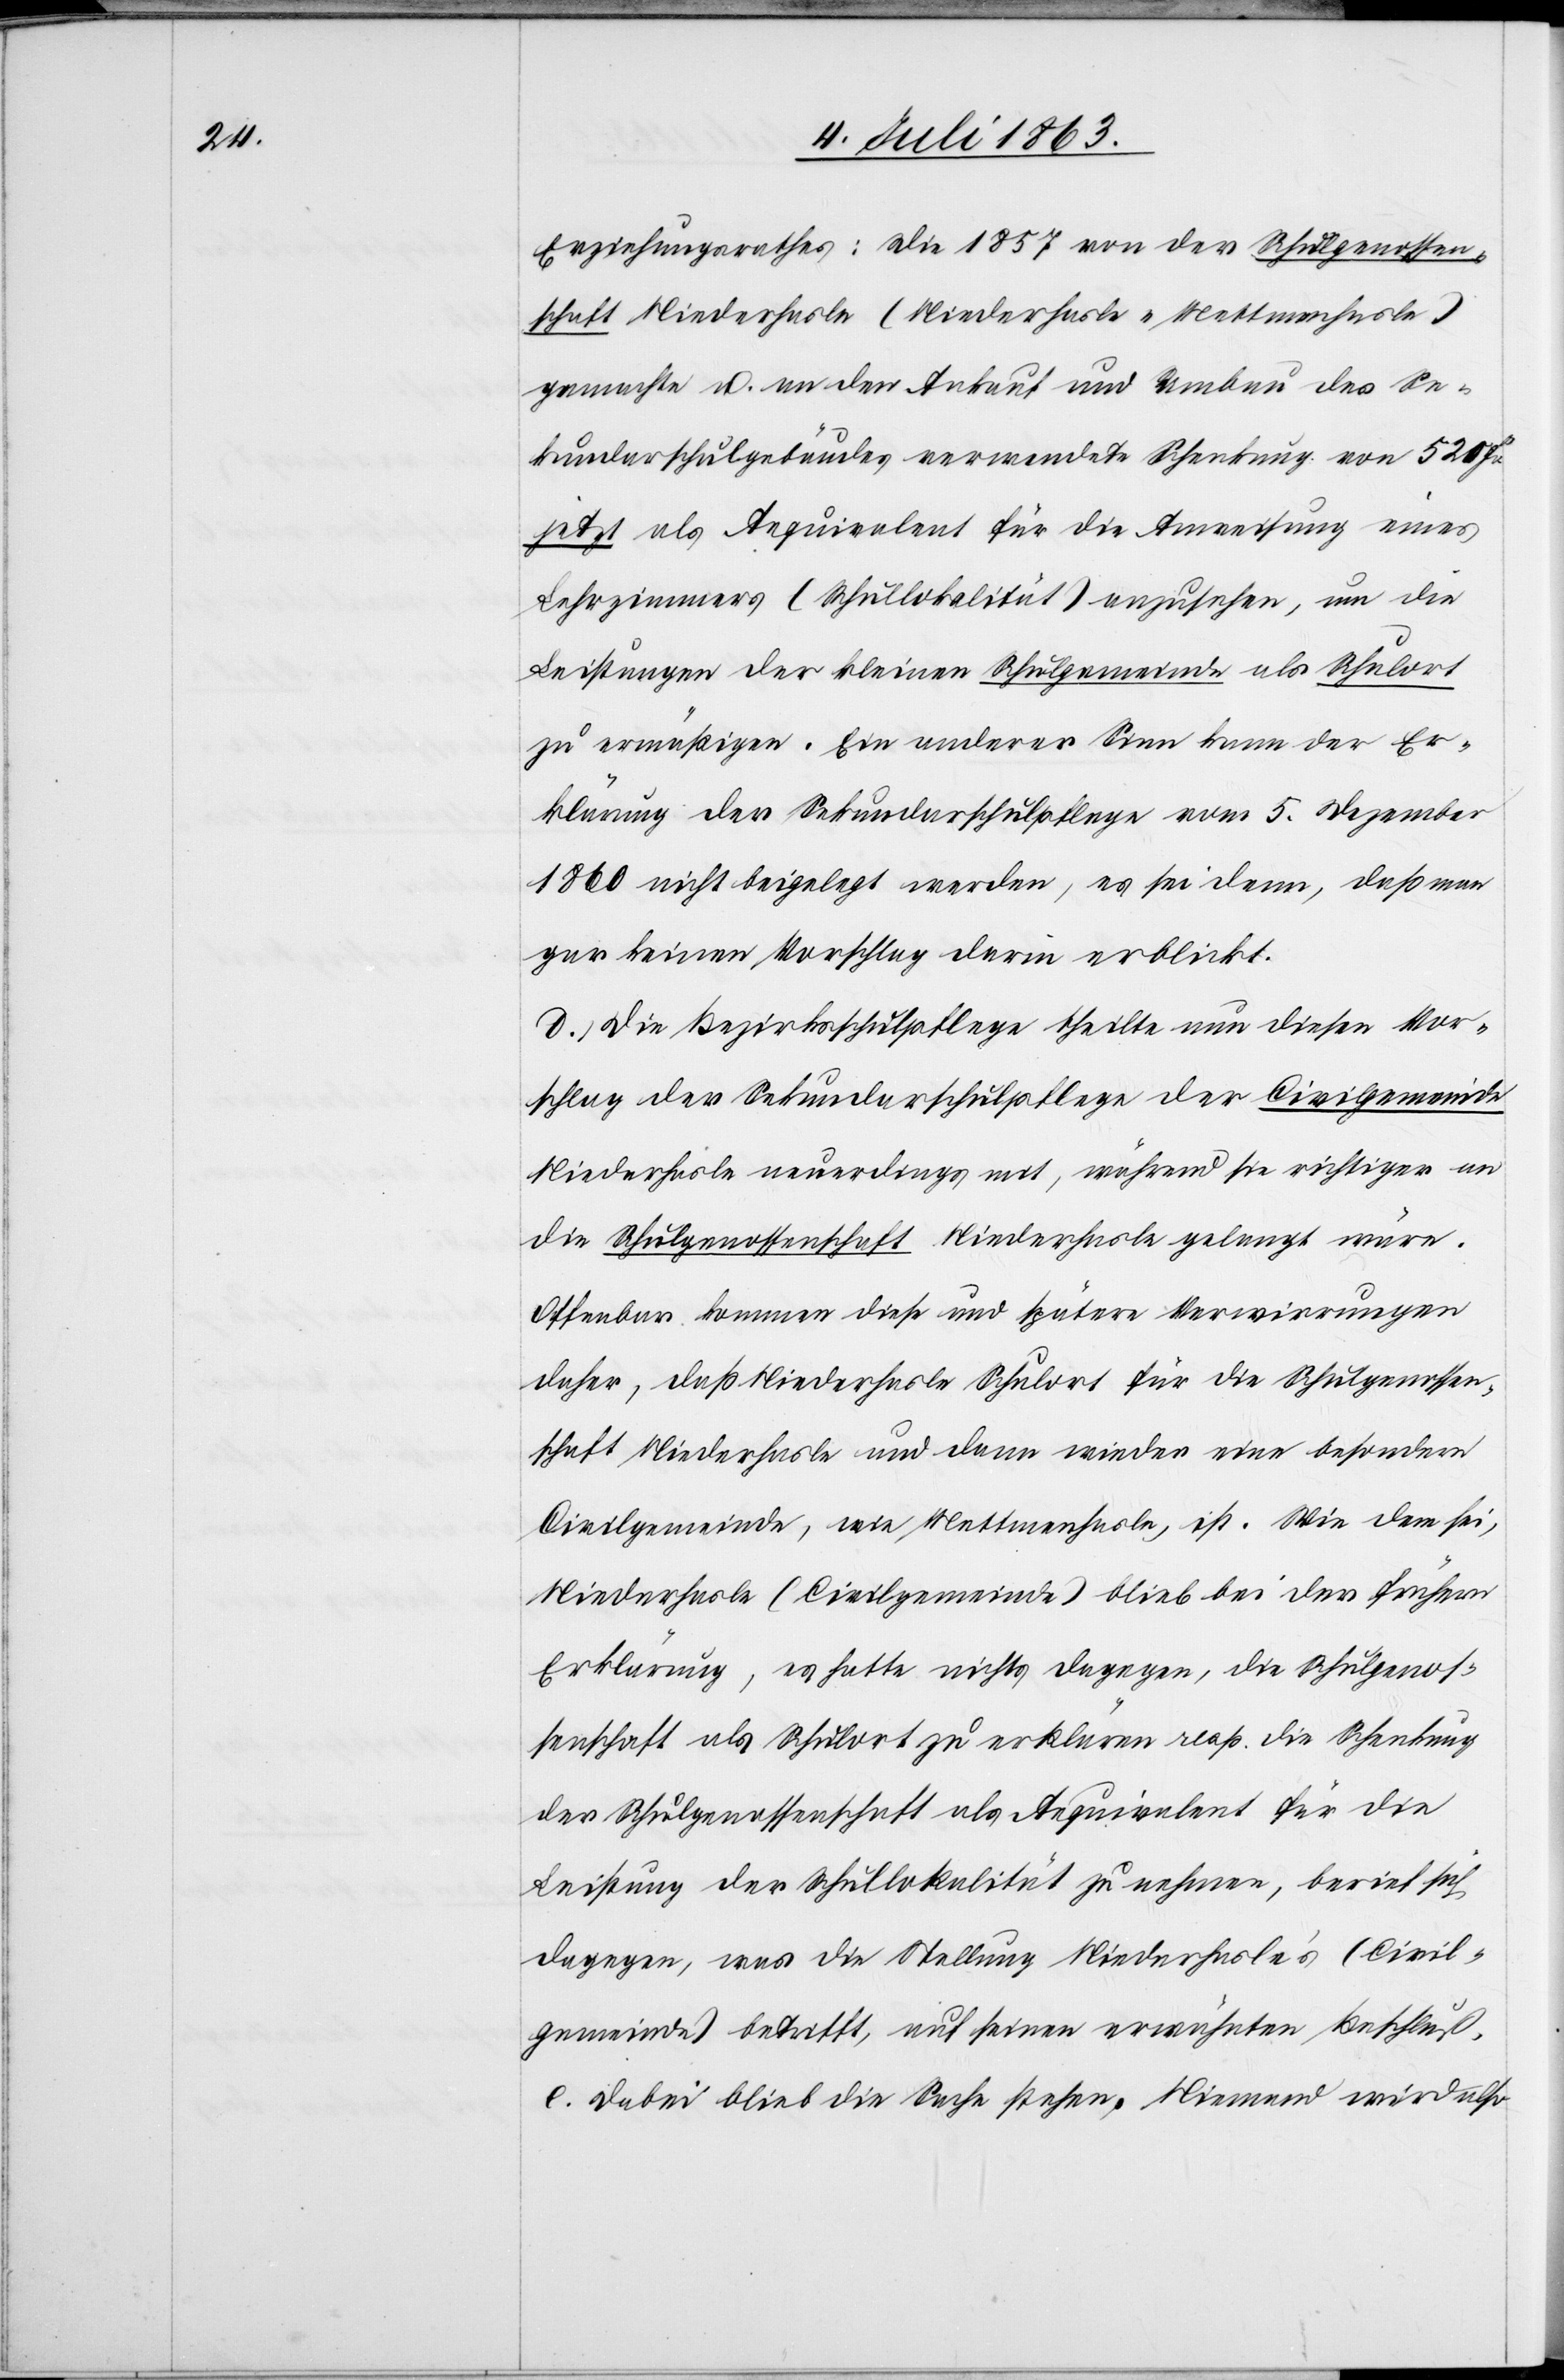
Erziehungsrathes: Die 1857 von der Schulgenossen¬
schaft Niederhasle (Niederhasle-Mettmenhasle)
gemachte u. an den Ankauf und Umbau des Se¬
kundarschulgebäudes verwendete Schenkung von 520 Fr.
jetzt als Aequivalent für die Anweisung eines
Lehrzimmers (Schullokalität) anzusehen, um die
Leistungen der kleinen Schulgemeinde als Schulort
zu ermäßigen. Ein anderer Sinn kann der Er¬
klärung der Sekundarschulpflege vom 5. Dezember
1860 nicht beigelegt werden, es sei denn, daß man
gar keinen Vorschlag darin erblickt.
d.) Die Bezirksschulpflege theilte nun diesen Vor¬
schlag der Sekundarschulpflege der Civilgemeinde
Niederhasle neuerdings mit, während sie richtiger an
die Schulgenossenschaft Niederhasle gelangt wäre.
Offenbar kommen diese und spätere Verwirrungen
daher, daß Niederhasle Schulort für die Schulgenossen¬
schaft Niederhasle und dann wieder eine besondere
Civilgemeinde, wie Mettmenhasle ist. Wie dem sei,
Niederhasle (Civilgemeinde) blieb bei der frühern
Erklärung, es hatte nichts dagegen, die Schulgenos¬
senschaft als Schulort zu erklären resp. die Schenkung
der Schulgenossenschaft als Aequivalent für die
Leistung der Schullokalität zu nehmen, berief sich
dagegen, was die Stellung Niederhasle's (Civil¬
gemeinde) betrifft, auf seinen erwähnten Beschluß.
e.) Dabei blieb die Sache stehen. Niemand wird also